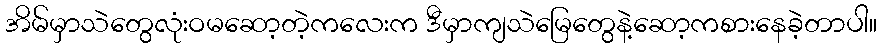
အိမ်မှာသဲတွေလုံးဝမဆော့တဲ့ကလေးက ဒီမှာကျသဲမြေတွေနဲ့ဆော့ကစားနေခဲ့တာပါ။